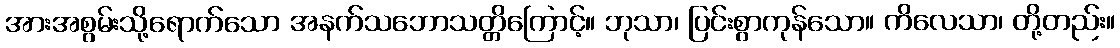
အားအစွမ်းသို့ရောက်သော အနက်သဘောသတ္တိကြောင့်။ ဘုသာ၊ ပြင်းစွာကုန်သော။ ကိလေသာ၊ တို့တည်း။